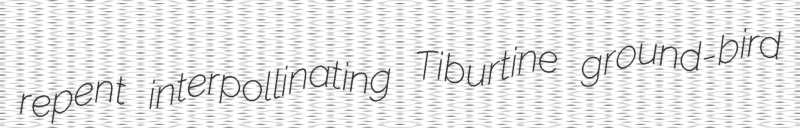
repent interpollinating Tiburtine ground-bird